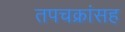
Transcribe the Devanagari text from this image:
तपचक्रांसह